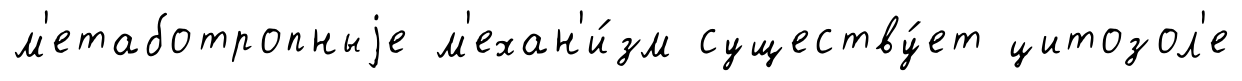
м'етаботропныjе м'ехан'и́зм существу́ет цитозол'е